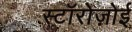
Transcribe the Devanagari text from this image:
स्टॉरोज़ोई